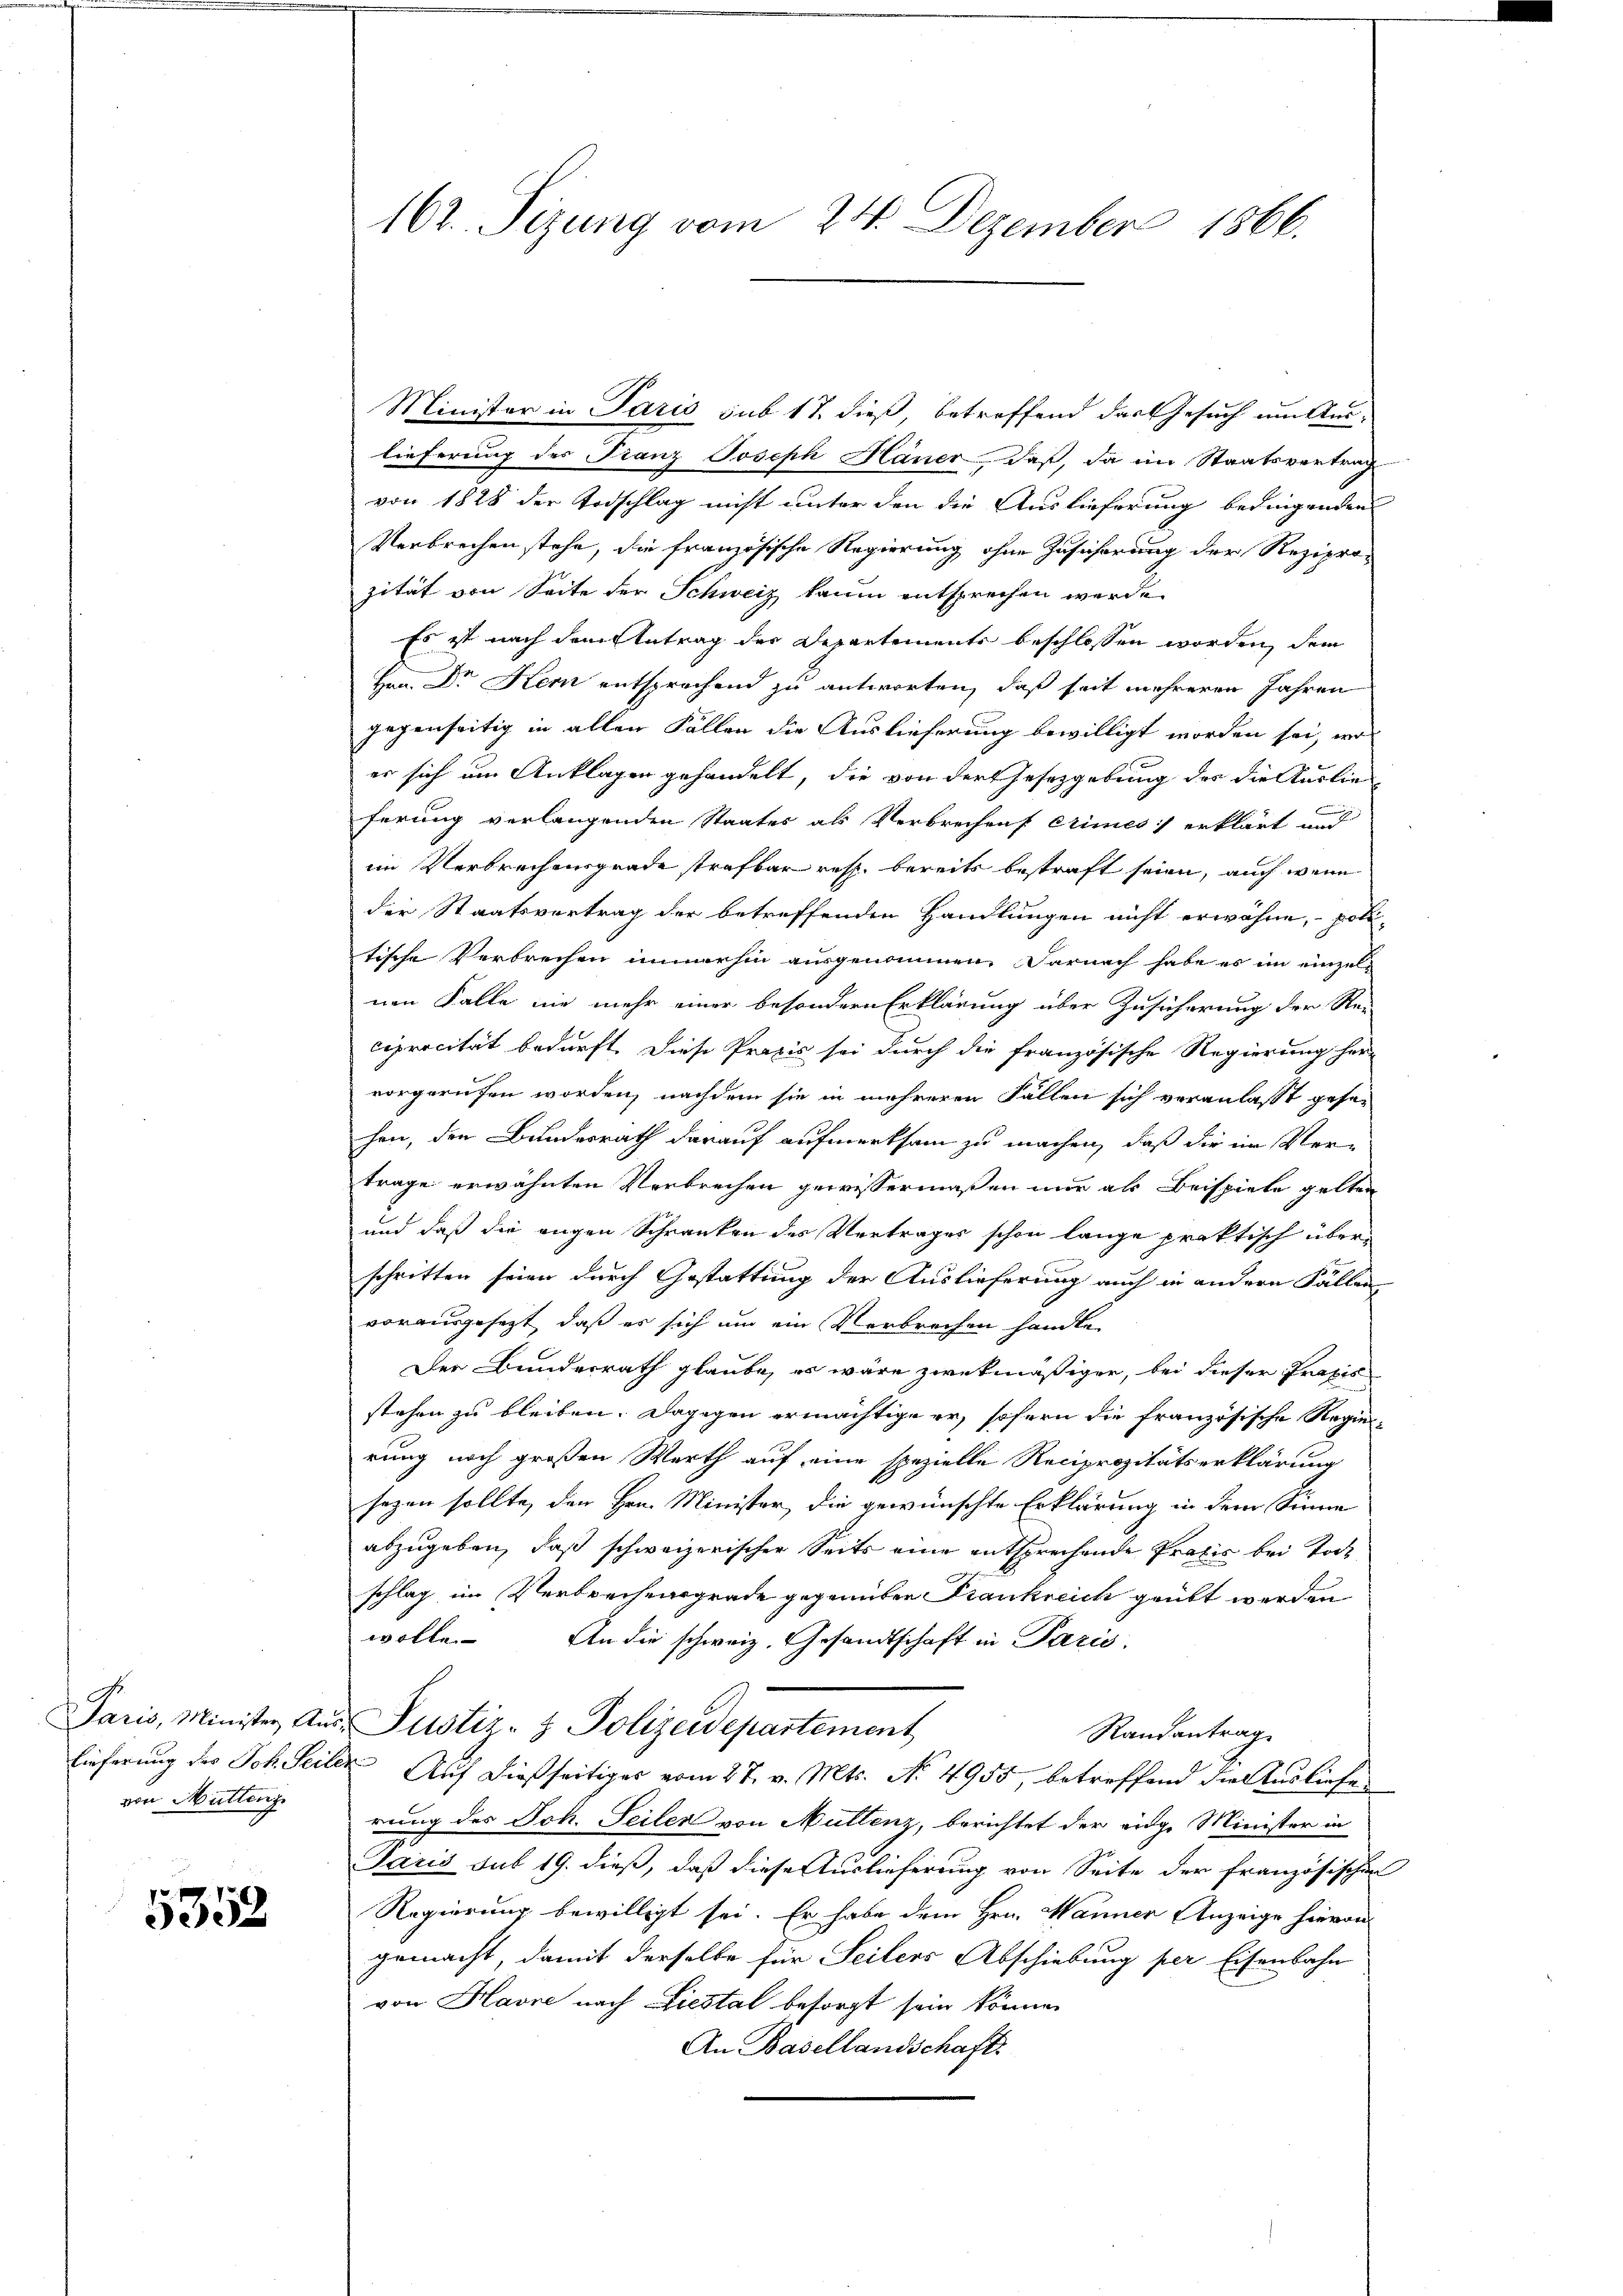
von Mütteng

5352

162. Sizung vom 24. Dezember 1866.

Minister in Paris sub 17. dieß, betreffend das Gesuch um Aus-
lieferung des Franz Joseph Hauer, daß, da im Staatsvertrag
von 1828 der Todschlag nicht unter den die Auslieferung bedingenden
Verbrechen stehe, die französische Regierung ohne Zusicherung der Reziprozität von Seite der Schweiz kaum entsprechen werde.
Es ist nach dem Antrag der Departements beschlossen worden, dem
Hrn. Dr Kem entsprochend zu antworten, daß seit mehreren Jahren
gegenseitig in allen Fällen die Auslieferung bewilligt worden sei, wo
er sich um Anklagen gehandelt, die von der Gesetzgebung des die Auslie
ferung verlangenden Staates als Verbrechen crimes erklärt un
im Verbrechensgrade strafbar resp. bereits bestraft seien, auch wenn
der Staatsvertrag der betreffenden Handlungen nicht erwähne, poli-
tische Verbrechen immerhin ausgenommen. Darnach habe es im einzel-
nen Falle nie mehr einer besondern Erklärung über Zusicherung der Rei
ciprocität bedurft. Diese Praxis sei durch die französische Regierung her-
vorgerufen worden, nachdem sie in mehreren Fallen sich veranlasst gesehen, den Bundesrath darauf aufmerksam zu machen, daß die im Vertrage erwähnten Verbrechen gewissermaßen nur als Beispiele gelten
und daß die angen Schranken des Vertrages schon lange praktisch überschritten seien durch Gestattung der Auslieferung auch in andern Fällen-
vorausgesezt, daß es sich um ein Verbrechen handte
Der Bundesrath glaube, es wäre zwekmäßiger, bei dieser Praxis
stehen zu bleiben. Dagegen ermächtige er, sofern die französische Regierung noch großen Werth auf eine spezielle Reciprozitätserklärung
sezen sollte, den Hrn. Minister, die gewünschte Erklärung in dem Sinne
abzugeben, daß schweizerischer Seits eine entsprechende Praxis bei Tode
schlag im Verbrechensgrade gegenüber Krankreich grübt werden
wolle. An die schweiz. Gesandtschaft in Paris.
Paris, Minister Aus Justiz- & Polizeidepartement,
Randantrag
lieferung des Joh. Seilen Auf dießseitiges vom 27. v. Mts. No. 4955, betreffend die Stürlichen
rung des Joh. Seiler von Muttenz, berichtet der eidge Minister in
Paris sub 19. dieß, daß diese Auslieferung von Seite der französischen
Regierung bewilligt sei. Er habe dem Hrn. Manner Anzeige hievon
gemacht, damit derselbe für Seiters Abschiebung per Eisenbahn
von Havre nach Liestal besorgt sein können
An Basellandschaft.